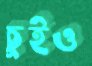
চুইও